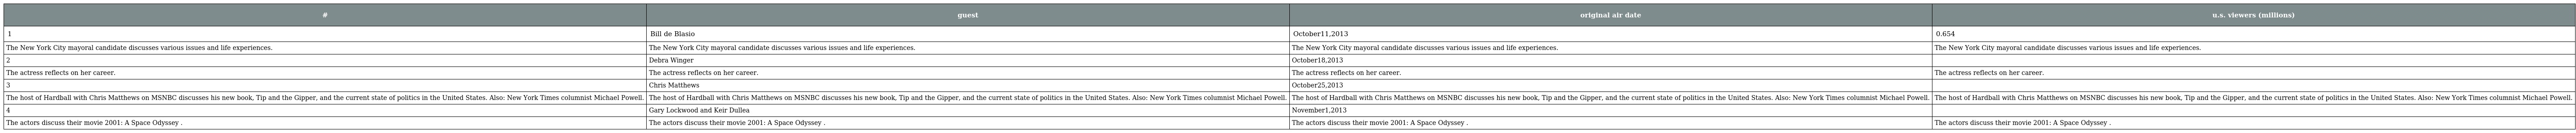
| # | guest | original air date | u.s. viewers (millions) |
 | --- | --- | --- | --- |
 | 1 | Bill de Blasio | October11,2013 | 0.654 |
 | The New York City mayoral candidate discusses various issues and life experiences. | The New York City mayoral candidate discusses various issues and life experiences. | The New York City mayoral candidate discusses various issues and life experiences. | The New York City mayoral candidate discusses various issues and life experiences. |
 | 2 | Debra Winger | October18,2013 |  |
 | The actress reflects on her career. | The actress reflects on her career. | The actress reflects on her career. | The actress reflects on her career. |
 | 3 | Chris Matthews | October25,2013 |  |
 | The host of Hardball with Chris Matthews on MSNBC discusses his new book, Tip and the Gipper, and the current state of politics in the United States. Also: New York Times columnist Michael Powell. | The host of Hardball with Chris Matthews on MSNBC discusses his new book, Tip and the Gipper, and the current state of politics in the United States. Also: New York Times columnist Michael Powell. | The host of Hardball with Chris Matthews on MSNBC discusses his new book, Tip and the Gipper, and the current state of politics in the United States. Also: New York Times columnist Michael Powell. | The host of Hardball with Chris Matthews on MSNBC discusses his new book, Tip and the Gipper, and the current state of politics in the United States. Also: New York Times columnist Michael Powell. |
 | 4 | Gary Lockwood and Keir Dullea | November1,2013 |  |
 | The actors discuss their movie 2001: A Space Odyssey . | The actors discuss their movie 2001: A Space Odyssey . | The actors discuss their movie 2001: A Space Odyssey . | The actors discuss their movie 2001: A Space Odyssey . |